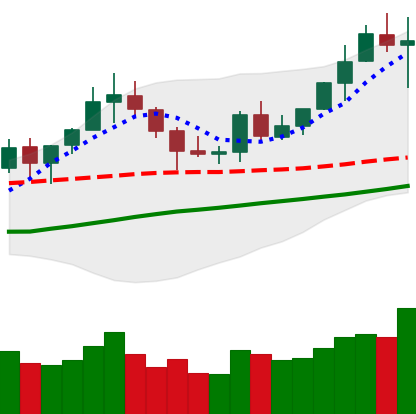
Ticker: BNB-USD
Chart end date: 2020-07-27
Forward return: 9.735%
Label: up_7plus